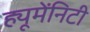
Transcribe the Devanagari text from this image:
ह्यूमेंनिटी